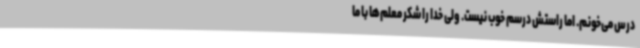
درس می‌خونم. اما راستش درسم خوب نیست. ولی خدا را شکر معلم‌ها با ما